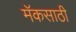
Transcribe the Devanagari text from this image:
मॅकसाठी